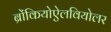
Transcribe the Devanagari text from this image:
ब्रोंकियोऐलवियोलर